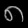
Digit: ၈